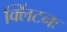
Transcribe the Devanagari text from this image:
क्लिंटनः